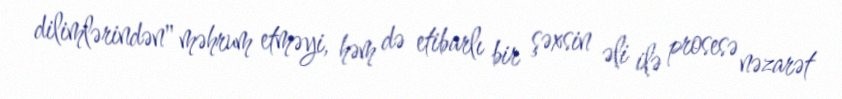
dilimlərindən" məhrum etməyi, həm də etibarlı bir şəxsin əli ilə prosesə nəzarət